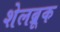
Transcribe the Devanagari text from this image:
शेलब्रूक